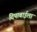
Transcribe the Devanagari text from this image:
दिपाबाईला